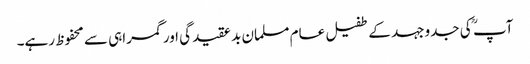
آپ ؒ کی جدوجہد کے طفیل عام مسلمان بد عقیدگی اور گمراہی سے محفوظ رہے۔